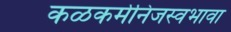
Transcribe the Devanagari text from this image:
कळकर्मनिजस्वभावा